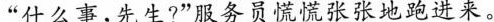
”什么事，先生?”服务员慌慌张张地跑进来。